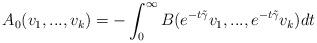
LaTeX: \begin{align*}A_0(v_1,...,v_k)=-\int_0^\infty B(e^{-t\tilde\gamma}v_1,...,e^{-t\tilde\gamma}v_k)dt\end{align*}